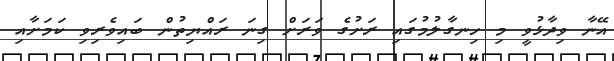
އޭނާ ވިދާޅުވީ މި ހިނގާލުމުގައި ރަށުގެ ވަރަށް ގިނަ ރައްޔިތުން ބައިވެރިވި ކަމަށާއި